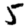
Digit: 5